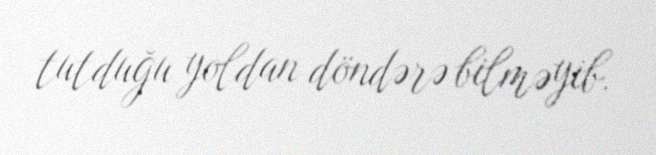
tutduğu yoldan döndərə bilməyib.